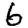
Digit: 6